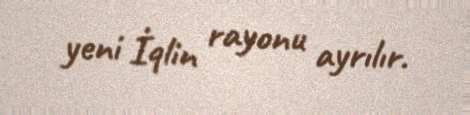
yeni İqlin rayonu ayrılır.